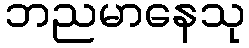
ဘညမာနေသု